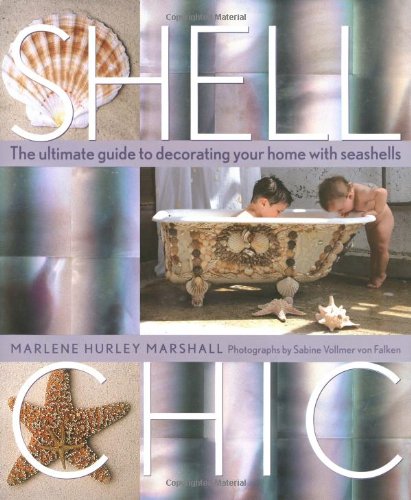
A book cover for Shell Chic: The Ultimate Guide to Decorating Your Home With Seashells; Marlene Hurley Marshall; Crafts, Hobbies & Home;